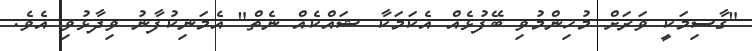
"ގާސިމަކީ ވަރަށް މުހިންމުވި ބޭފުޅެއް އެކަމަކާ ޝައްކެއް ނެތް" އެމަނިކުފާނު ވިދާޅުވި އެވެ.